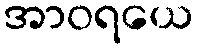
အာဝရယေ